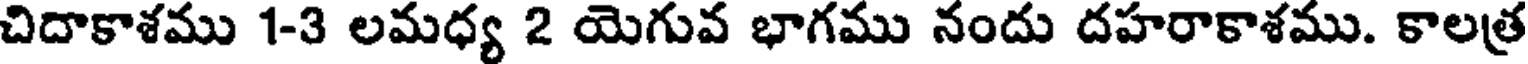
చిదాకాశము 1-3 లమధ్య 2 యెగువ భాగము నందు దహరాకాశము. కాలత్ర